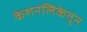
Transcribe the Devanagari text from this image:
केशनलिकेतून